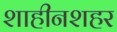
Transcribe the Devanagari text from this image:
शाहीनशहर